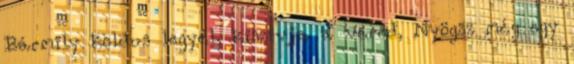
Bármily koldus legyél, kiszívja a véred, Nyögsz még egy